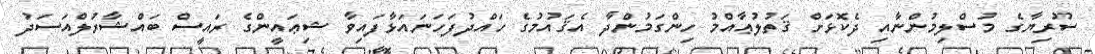
ސޫރިޔާގެ މުސްލިމުންނާއި ދެކޮޅަށް ޤަތުލުޢާއްމު ހިންގަމުންދާ އެޤައުމުގެ ހައްދުފަހަނައަޅާފައިވާ ޝިޢައީންގެ ރައީސް ބައްޝާރުލްއަސަދު